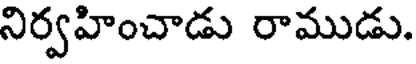
నిర్వహించాడు రాముడు.